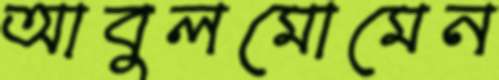
আবুলমোমেন